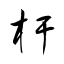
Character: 杆